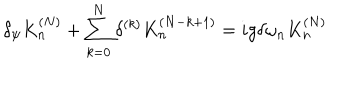
\delta _ { \psi } K _ { n } ^ { ( N ) } + \sum _ { k = 0 } ^ { N } \delta ^ { ( k ) } K _ { n } ^ { ( N - k + 1 ) } = i g \delta \omega _ { n } K _ { n } ^ { ( N ) }